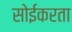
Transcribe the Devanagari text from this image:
सोईकरता